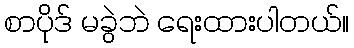
စာပိုဒ် မခွဲဘဲ ရေးထားပါတယ်။